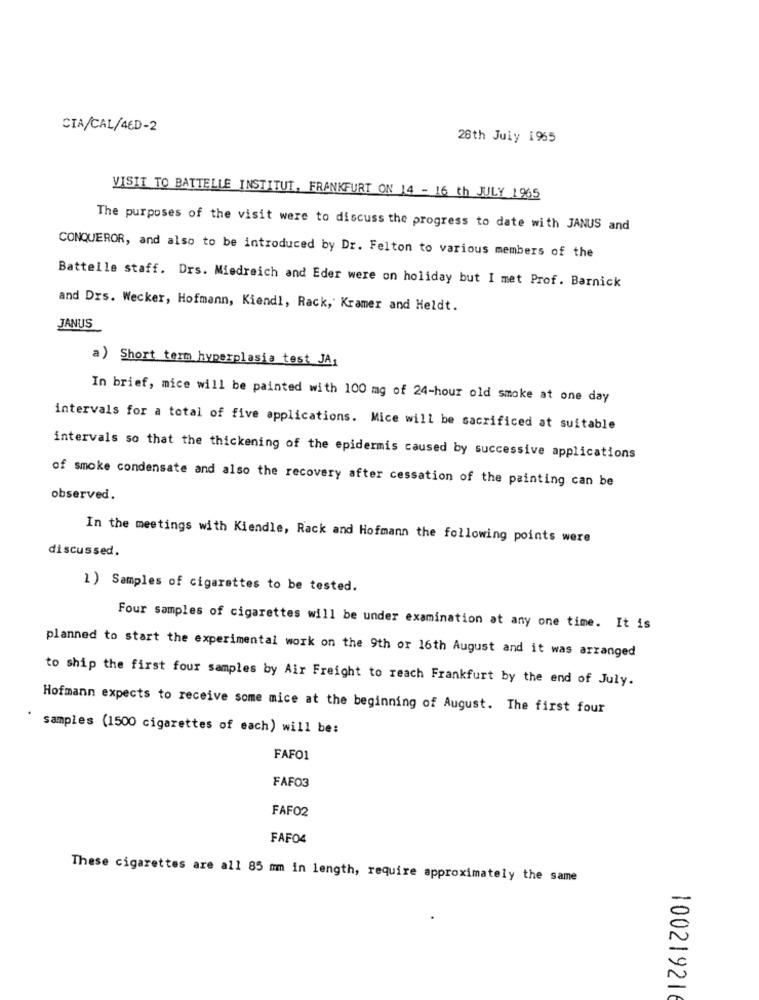
CIA/CAL/4ED-2
28th July 1965
VISIT TO BATTELLE INSTITUT, FRANKFURT ON 14 - 16 th JULY 1965
The purposes of the visit were to discuss the progress to date with JANUS and
CONQUEROR, and also to be introduced by Dr. Felton to various members of the
Battelle staff. Drs. Miedreich and Eder were on holiday but I met Prof. Barnick
and Drs. Wecker, Hofmann, Kiendl, Rack, Kramer and Heldt.
JANUS
a) Short term hyperplasia test JA1
In brief, mice will be painted with 100 mg of 24-hour old smoke at one day
intervals for a total of five applications. Mice will be sacrificed at suitable
intervals so that the thickening of the epidermis caused by successive applications
of smoke condensate and also the recovery after cessation of the painting can be
observed.
In the meetings with Kiendle, Rack and Hofmann the following points were
discussed.
1) Samples of cigarettes to be tested.
Four samples of cigarettes will be under examination at any one time. It is
planned to start the experimental work on the 9th or 16th August and it was arranged
to ship the first four samples by Air Freight to reach Frankfurt by the end of July.
Hofmann expects to receive some mice at the beginning of August. The first four
samples (1500 cigarettes of each) will be:
FAFO1
FAFO3
FAFO2
FAFO4
These cigarettes are all 85 mm in length, require approximately the same
100219216